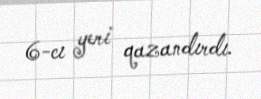
6-cı yeri qazandırdı.